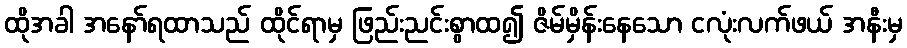
ထိုအခါ အနော်ရထာသည် ထိုင်ရာမှ ဖြည်းညင်းစွာထ၍ ဇိမ်မှိန်းနေသော ငလုံးလက်ဖယ် အနီးမှ